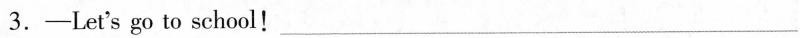
3.-Let's go to school! ___